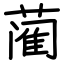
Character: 蔺